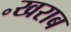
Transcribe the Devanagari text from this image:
॰खराब